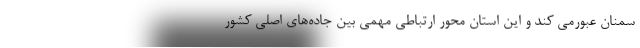
سمنان عبورمی کند و این استان محور ارتباطی مهمی بین جاده‌های اصلی کشور